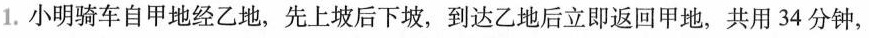
1.小明骑车自甲地经乙地，先上坡后下坡，到达乙地后立即返回甲地，共用34分钟，